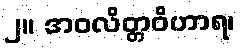
၂။ အဝလိတ္တဝိဟာရ၊